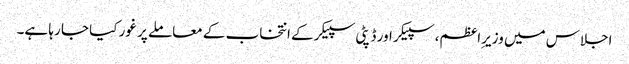
اجلاس میں وزیرِاعظم، سپیکر اور ڈپٹی سپیکر کے انتخاب کے معاملے پر غور کیا جا رہا ہے۔